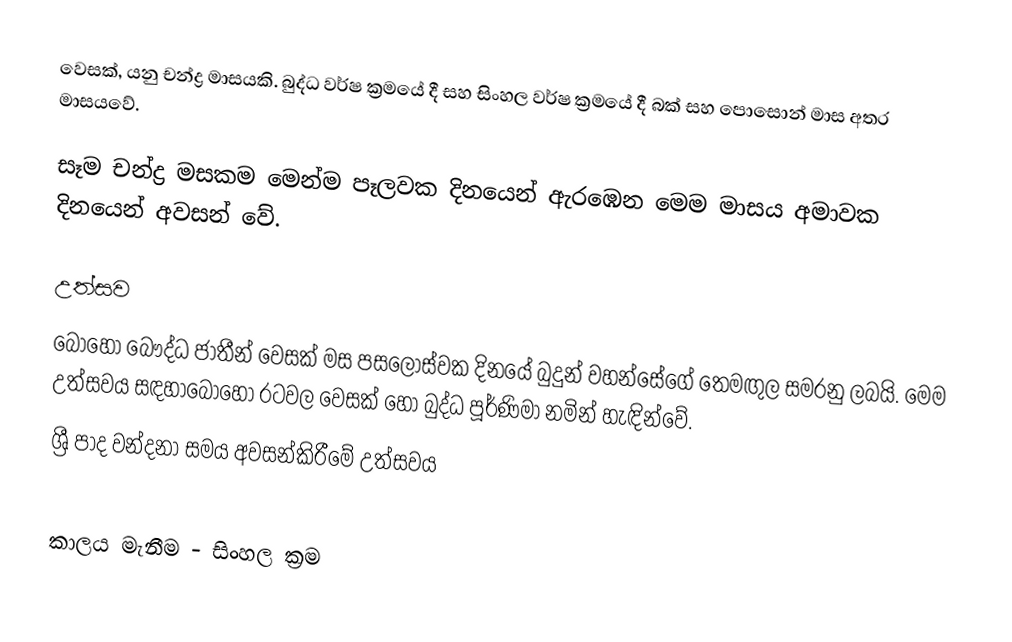
වෙසක්, යනු චන්ද්‍ර මාසයකි. බුද්ධ වර්ෂ ක්‍රමයේ දී සහ සිංහල වර්ෂ ක්‍රමයේ දී බක් සහ පොසොන් මාස අතර මාසයවේ.

සෑම චන්ද්‍ර මසකම මෙන්ම පෑලවක දිනයෙන් ඇරඹෙන මෙම මාසය අමාවක දිනයෙන් අවසන් වේ.

උත්සව
 බොහෝ බෞද්ධ ජාතීන් වෙසක් මස පසලොස්වක දිනයේ බුදුන් වහන්සේගේ තෙමඟුල සමරනු ලබයි. මෙම උත්සවය සඳහාබොහෝ රටවල වෙසක් හෝ බුද්ධ පූර්ණිමා නමින් හැඳින්වේ.
 ශ්‍රී පාද වන්දනා සමය අවසන්කිරීමේ උත්සවය

කාලය මැනීම - සිංහල ක්‍රම